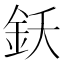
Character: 𨥜